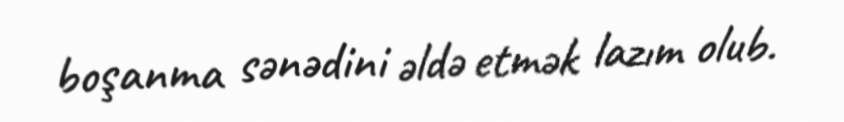
boşanma sənədini əldə etmək lazım olub.